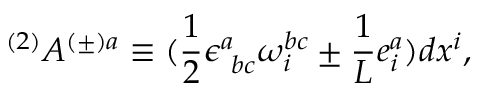
^ { ( 2 ) } A ^ { ( \pm ) a } \equiv ( \frac { 1 } { 2 } \epsilon _ { \mathrm { ~ } b c } ^ { a } \omega _ { i } ^ { b c } \pm \frac { 1 } { L } e _ { i } ^ { a } ) d x ^ { i } ,